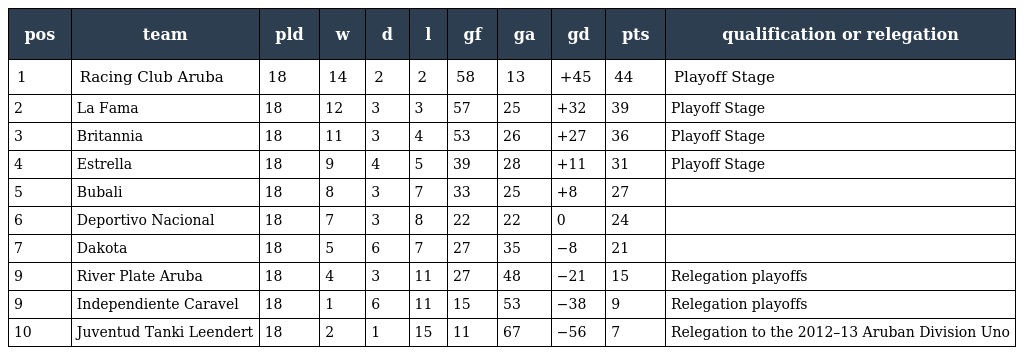
| pos | team | pld | w | d | l | gf | ga | gd | pts | qualification or relegation |
 | --- | --- | --- | --- | --- | --- | --- | --- | --- | --- | --- |
 | 1 | Racing Club Aruba | 18 | 14 | 2 | 2 | 58 | 13 | +45 | 44 | Playoff Stage |
 | 2 | La Fama | 18 | 12 | 3 | 3 | 57 | 25 | +32 | 39 | Playoff Stage |
 | 3 | Britannia | 18 | 11 | 3 | 4 | 53 | 26 | +27 | 36 | Playoff Stage |
 | 4 | Estrella | 18 | 9 | 4 | 5 | 39 | 28 | +11 | 31 | Playoff Stage |
 | 5 | Bubali | 18 | 8 | 3 | 7 | 33 | 25 | +8 | 27 |  |
 | 6 | Deportivo Nacional | 18 | 7 | 3 | 8 | 22 | 22 | 0 | 24 |  |
 | 7 | Dakota | 18 | 5 | 6 | 7 | 27 | 35 | −8 | 21 |  |
 | 9 | River Plate Aruba | 18 | 4 | 3 | 11 | 27 | 48 | −21 | 15 | Relegation playoffs |
 | 9 | Independiente Caravel | 18 | 1 | 6 | 11 | 15 | 53 | −38 | 9 | Relegation playoffs |
 | 10 | Juventud Tanki Leendert | 18 | 2 | 1 | 15 | 11 | 67 | −56 | 7 | Relegation to the 2012–13 Aruban Division Uno |